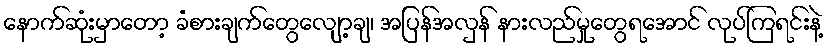
နောက်ဆုံးမှာတော့ ခံစားချက်တွေလျော့ချ၊ အပြန်အလှန် နားလည်မှုတွေရအောင် လုပ်ကြရင်းနဲ့